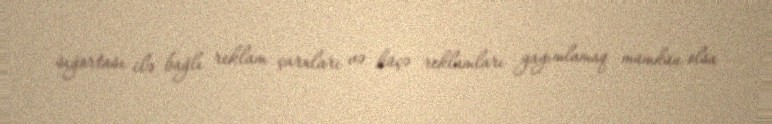
sığortası ilə bağlı reklam çarxları və küçə reklamları yayımlamaq mümkün olsa